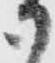
御